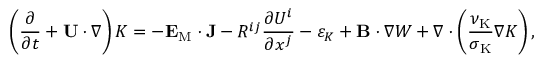
\left( { \frac { \partial } { \partial t } + { \bf { U } } \cdot \nabla } \right) K = - { \bf { E } } _ { \mathrm { { M } } } \cdot { \bf { J } } - { \cal { R } } ^ { i j } \frac { \partial U ^ { i } } { \partial x ^ { j } } - \varepsilon _ { K } + { \bf { B } } \cdot \nabla W + \nabla \cdot \left( { \frac { \nu _ { \mathrm { K } } } { \sigma _ { \mathrm { { K } } } } \nabla K } \right) ,